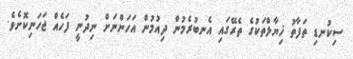
ސިކުނޑި ތަފާތު ޚިޔާލްތަކުގެ ތެރޭގައި އެނބުރެމުން ދިއުމުން އަހަންނަށް ނިދުނީ ފަހެއް ޖަހަނިކޮށެވެ.